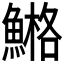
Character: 𩹿